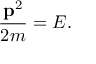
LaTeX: { \frac { \mathbf { p } ^ { 2 } } { 2 m } } = E .